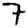
Digit: 7